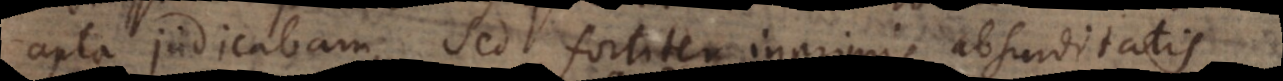
apta judicabam, sed fortiter inprimis absurditatis